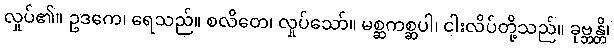
လှုပ်၏။ ဥဒကေ၊ ရေသည်။ စလိတေ၊ လှုပ်သော်။ မစ္ဆကစ္ဆပါ၊ ငါးလိပ်တို့သည်။ ခုဗ္ဘန္တိ၊